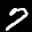
Label: 7